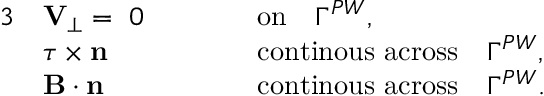
\begin{array} { r l r l } { { 3 } } & { { \mathbf V } _ { \perp } = ~ 0 \qquad } & & { \mathrm { o n } \quad \Gamma ^ { P W } , } \\ & { \boldsymbol { \tau } \times \mathbf { n } \qquad } & & { \mathrm { c o n t i n o u s ~ a c r o s s } \quad \Gamma ^ { P W } , } \\ & { { \mathbf B } \cdot \mathbf { n } \qquad } & & { \mathrm { c o n t i n o u s ~ a c r o s s } \quad \Gamma ^ { P W } . } \end{array}